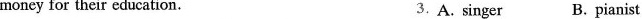
money for their education. 3.A. singer B. pianist